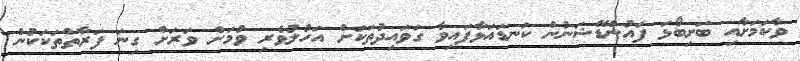
ވާކަމަށާއި ބަށިބޯޅަ ފައުންޑޭޝަނުން ކަނޑައަޅާފައިވާ ގަވައިދުތަކަށް އަހުލުވެރި ވުމަށް ވަރަށް ގިނަ ފަރާތްތަކަކުން